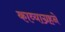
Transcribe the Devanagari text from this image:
काव्याग्रहने